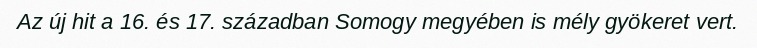
Az új hit a 16. és 17. században Somogy megyében is mély gyökeret vert.